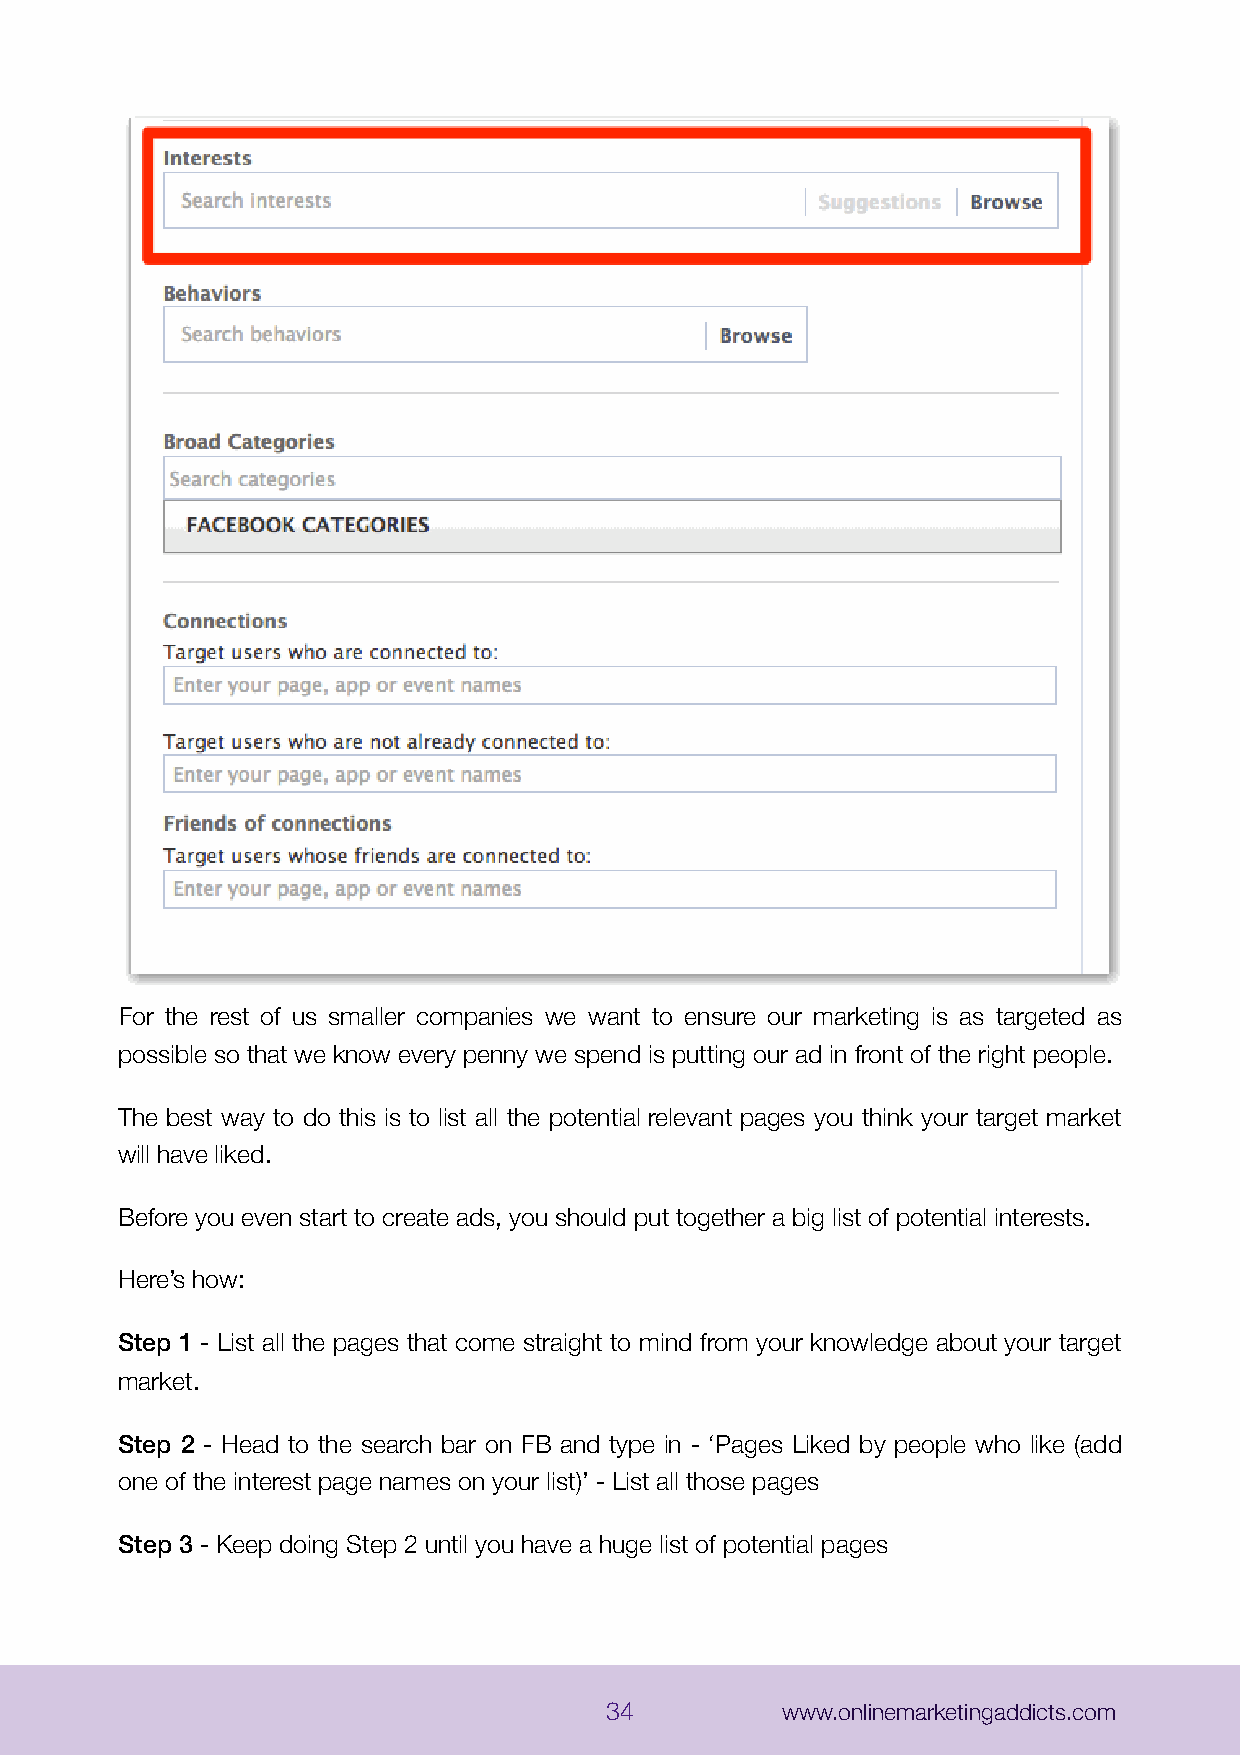
For the rest of us smaller companies we want to ensure our marketing is as targeted as
 possible so that we know every penny we spend is putting our ad in front of the right people.
 The best way to do this is to list all the potential relevant pages you think your target market
 will have liked.
 Before you even start to create ads, you should put together a big list of potential interests.
 Here’s how:
 Step 1 - List all the pages that come straight to mind from your knowledge about your target
 market.
 Step 2 - Head to the search bar on FB and type in - ‘Pages Liked by people who like (add
 one of the interest page names on your list)’ - List all those pages
 Step 3 - Keep doing Step 2 until you have a huge list of potential pages
 34          www.onlinemarketingaddicts.com